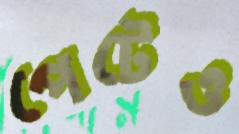
পেটেও